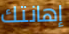
إهانتك